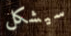
سيشكل